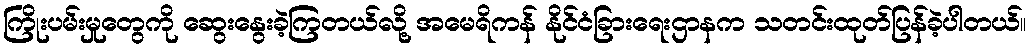
ကြိုးပမ်းမှုတွေကို ဆွေးနွေးခဲ့ကြတယ်လို့ အမေရိကန် နိုင်ငံခြားရေးဌာနက သတင်းထုတ်ပြန်ခဲ့ပါတယ်။